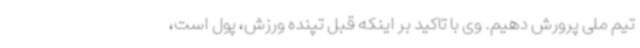
تیم ملی پرورش دهیم. وی با تاکید بر اینکه قبل تپنده ورزش، پول است،